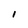
Character: 1